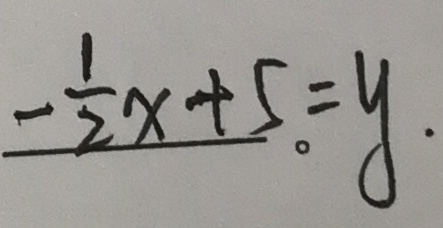
- \frac { 1 } { 2 } x + 5 = y .